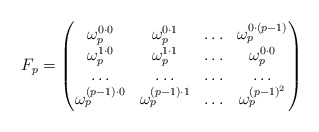
\begin{align*}F_p = \begin{pmatrix}\omega_p^{0\cdot 0}& \omega_p^{0\cdot 1}& \ldots& \omega_p^{0\cdot (p-1)}\\\omega_p^{1\cdot 0}& \omega_p^{1\cdot 1}& \ldots& \omega_p^{0\cdot 0}\\\ldots& \ldots& \ldots& \ldots\\\omega_p^{(p-1)\cdot 0}& \omega_p^{(p-1)\cdot 1}& \ldots& \omega_p^{(p-1)^2}\end{pmatrix}\end{align*}